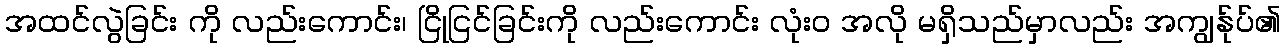
အထင်လွဲခြင်း ကို လည်းကောင်း၊ ငြိုငြင်ခြင်းကို လည်းကောင်း လုံးဝ အလို မရှိသည်မှာလည်း အကျွန်ုပ်၏